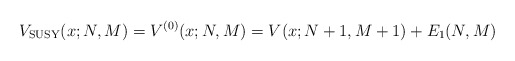
\begin{gather*} V_{\rm SUSY}(x;N,M)=V^{(0) }(x;N,M) =V( x;N+1,M+1) +E_{1}(N,M)\end{gather*}